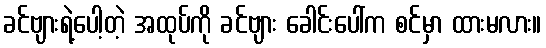
ခင်ဗျားရဲ့ပေါ့တဲ့ အထုပ်ကို ခင်ဗျား ခေါင်းပေါ်က စင်မှာ ထားမလား။